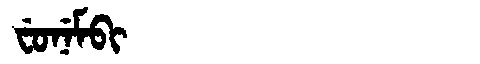
Manchu: ᠸᡠᠨᡝᠮᠪᡳ
Romanization: FUNEMBI